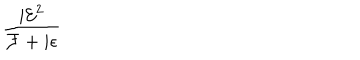
\frac { i { \mathcal { E } } ^ { 2 } } { { \mathcal { F } } + i \epsilon }